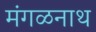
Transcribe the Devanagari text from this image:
मंगळनाथ